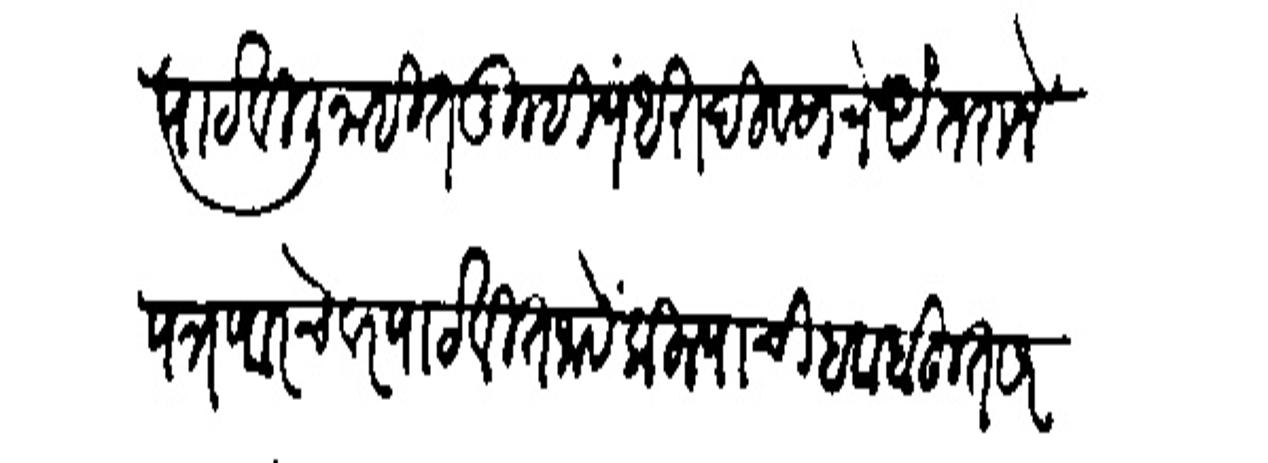
Transliteration (Devanagari): पाठविली नाहीत तुम्ही पंधरा दिवसाचे अंतराने पत्र वरचेवर पाठवीत जावे किस्याची हवा बहुत सरद